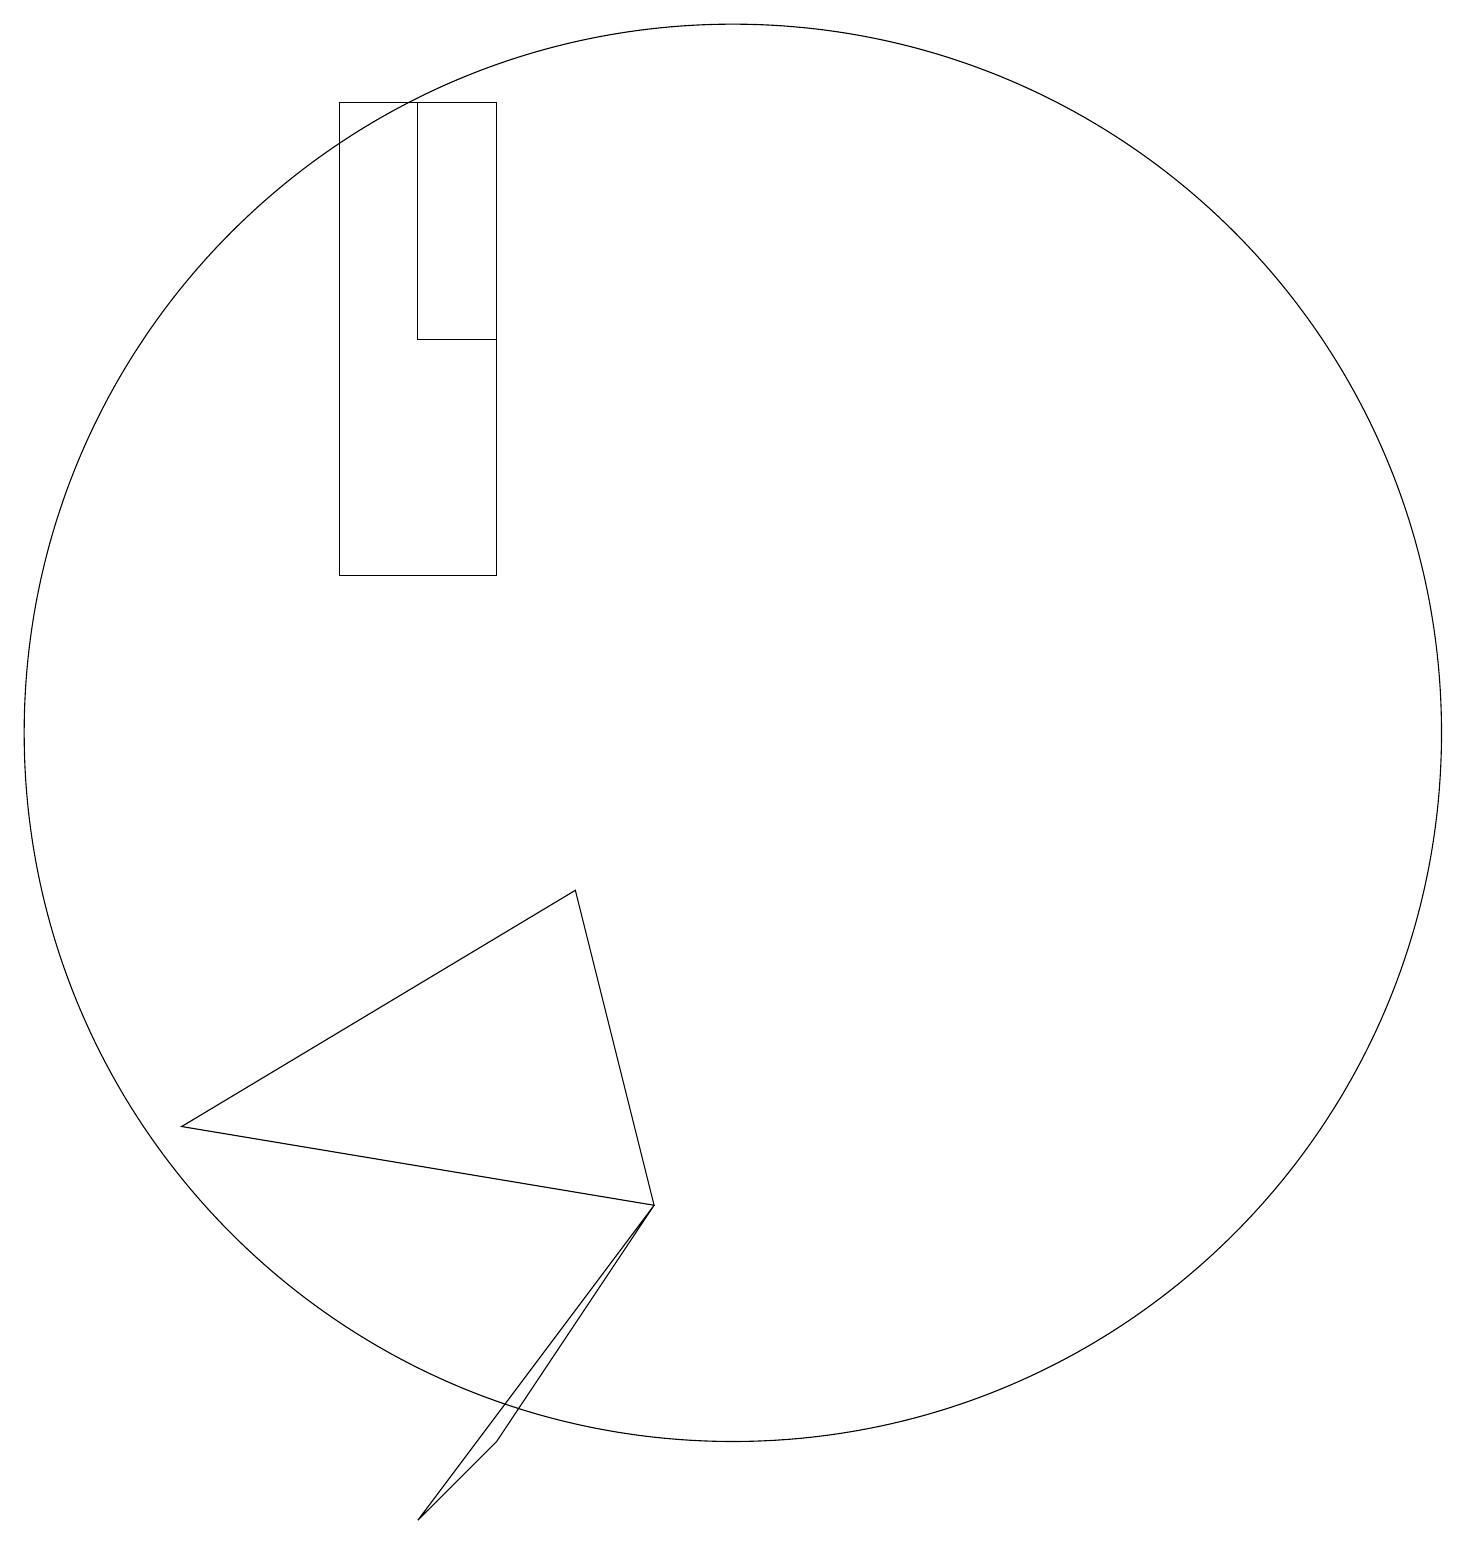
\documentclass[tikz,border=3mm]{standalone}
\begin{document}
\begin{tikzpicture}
\draw (7,2) -- (9,5) -- (6,1) -- cycle;
\draw (3,6) -- (8,9) -- (9,5) -- cycle;
\draw (5,19) rectangle (7,13);
\draw (10,11) circle (9);
\draw (7,19) rectangle (6,16);
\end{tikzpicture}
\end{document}